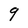
Character: 9